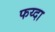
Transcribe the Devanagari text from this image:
फय्दा